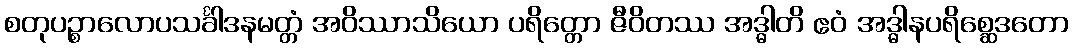
စတုပဉ္စာလောပသင်္ခါဒနမတ္တံ အဝိဿာသိယော ပရိတ္တော ဇီဝိတဿ အဒ္ဓါတိ ဧဝံ အဒ္ဓါနပရိစ္ဆေဒတော